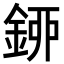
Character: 𨦰